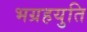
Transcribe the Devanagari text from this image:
भग्रहयुति